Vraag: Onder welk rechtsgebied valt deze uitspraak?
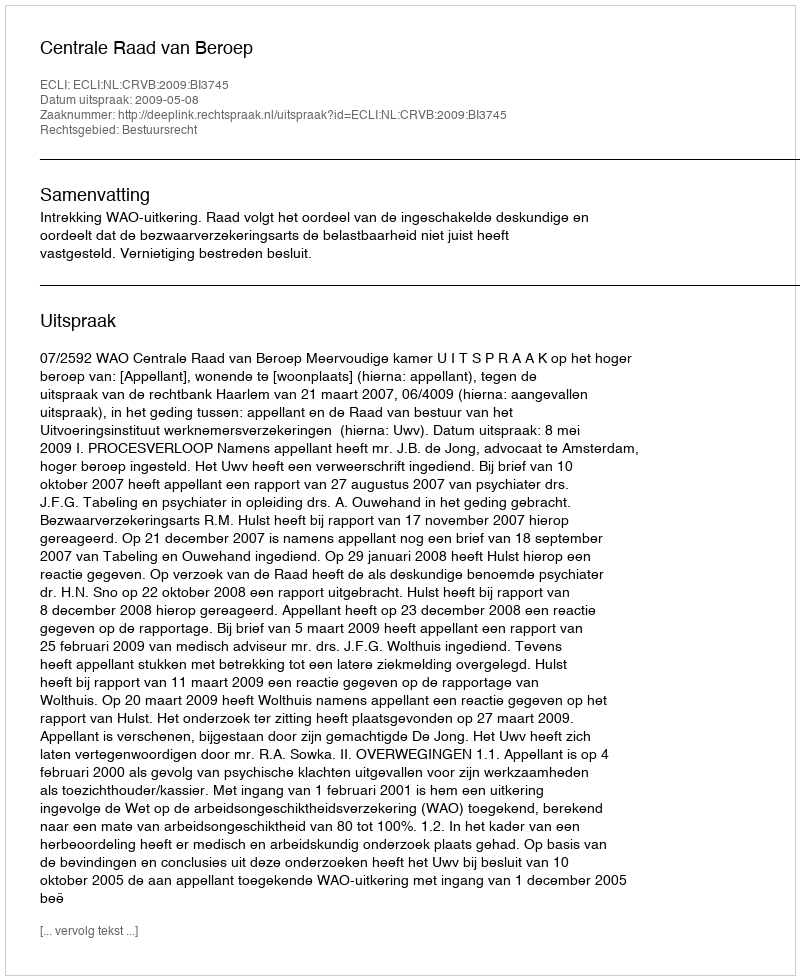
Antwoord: Bestuursrecht